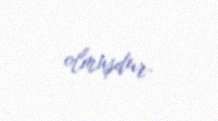
olmuşdur.